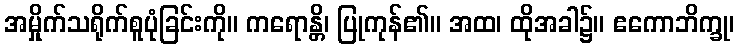
အမှိုက်သရိုက်စူပုံခြင်းကို။ ကရောန္တိ၊ ပြုကုန်၏။ အထ၊ ထိုအခါ၌။ ဧကောဘိက္ခု၊